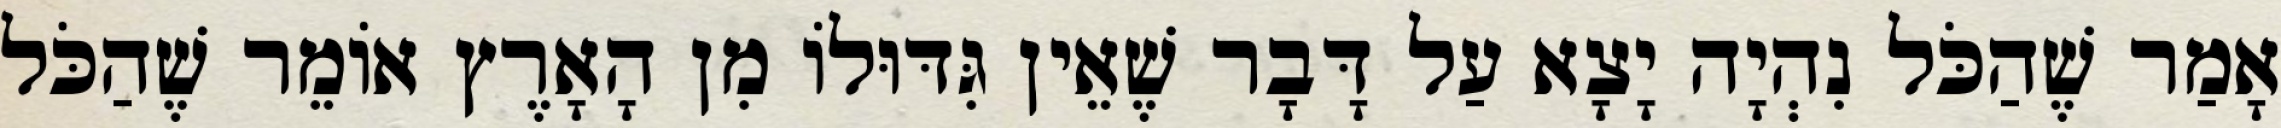
אָמַר שֶׁהַכֹּל נִהְיָה יָצָא עַל דָּבָר שֶׁאֵין גִּדּוּלוֹ מִן הָאָרֶץ אוֹמֵר שֶׁהַכֹּל